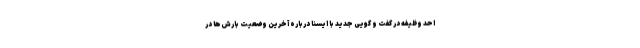
احد وظیفه در گفت و گویی جدید با ایسنا درباره آخرین وضعیت بارش‌ها در